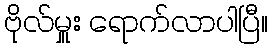
ဗိုလ်မှူး ရောက်လာပါပြီ။